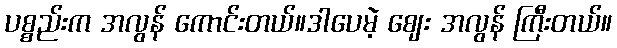
ပစ္စည်းက အလွန် ကောင်းတယ်။ဒါပေမဲ့ ဈေး အလွန် ကြီးတယ်။